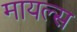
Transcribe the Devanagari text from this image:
मायल्स